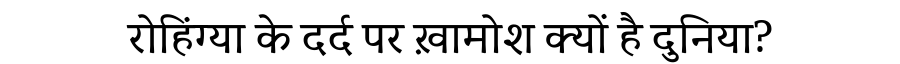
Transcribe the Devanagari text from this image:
रोहिंग्या के दर्द पर ख़ामोश क्यों है दुनिया?